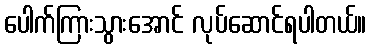
ပေါက်ကြားသွားအောင် လုပ်ဆောင်ရပါတယ်။